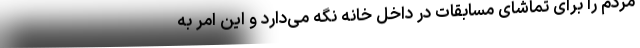
مردم را برای تماشای مسابقات در داخل خانه نگه می‌دارد و این امر به